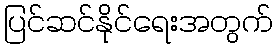
ပြင်ဆင်နိုင်ရေးအတွက်